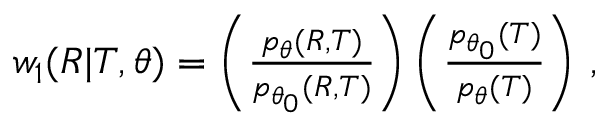
\begin{array} { r } { w _ { 1 } ( R | T , \theta ) = \left( \frac { p _ { \theta } ( R , T ) } { p _ { \theta _ { 0 } } ( R , T ) } \right) \left( \frac { p _ { \theta _ { 0 } } ( T ) } { p _ { \theta } ( T ) } \right) \, , } \end{array}